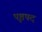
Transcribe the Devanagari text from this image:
पृष्ठपद